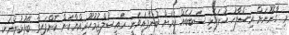
މި ގާނޫނަށް އިސްލާހު ހުށަހެޅި ސަބަބެއް ކަމަށް ބުނެފައިވަނީ ރައީސުލްޖުމުހޫރިއްޔާކަން ކޮށްފައިވާ ބޭފުޅުންނަކީ